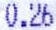
0.26